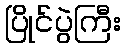
ပြိုင်ပွဲကြီး